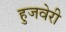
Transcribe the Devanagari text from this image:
हुजवेरी